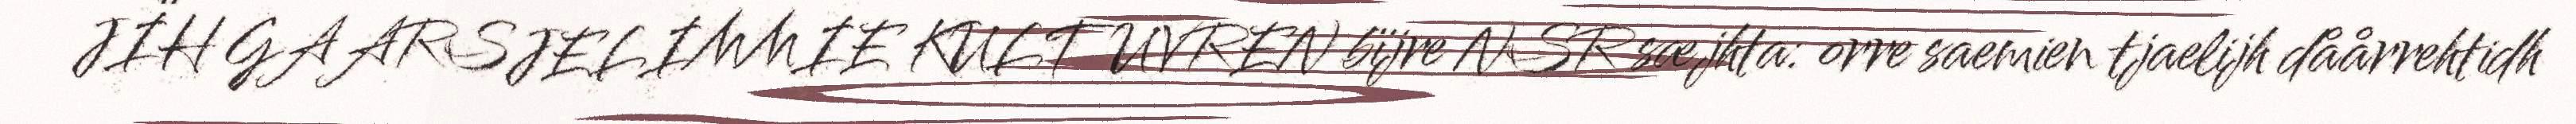
JÏH GAARSJELIMMIE KULTUVREN bïjre NSR sæjhta: orre saemien tjaelijh dåårrehtidh